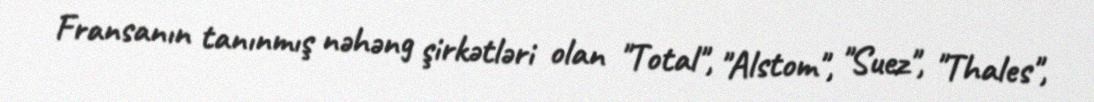
Fransanın tanınmış nəhəng şirkətləri olan "Total", "Alstom", "Suez", "Thales",